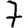
Digit: 7